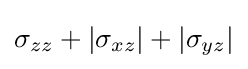
\sigma _{zz}+|\sigma _{xz}|+|\sigma _{yz}|